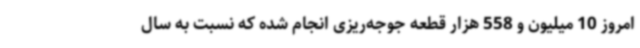
امروز 10 میلیون و 558 هزار قطعه جوجه‌ریزی انجام شده که نسبت به سال